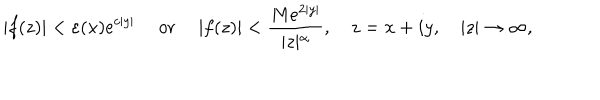
LaTeX: \vert f ( z ) \vert < \varepsilon ( x ) e ^ { c \vert y \vert } \quad \textrm { o r } \quad \vert f ( z ) \vert < \frac { M e ^ { 2 \vert y \vert } } { \vert z \vert ^ { \alpha } } , \quad z = x + i y , \quad \vert z \vert \to \infty ,